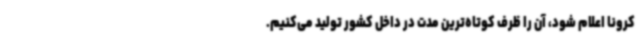
کرونا اعلام شود، آن را ظرف کوتاه‌ترین مدت در داخل کشور تولید می‌کنیم.